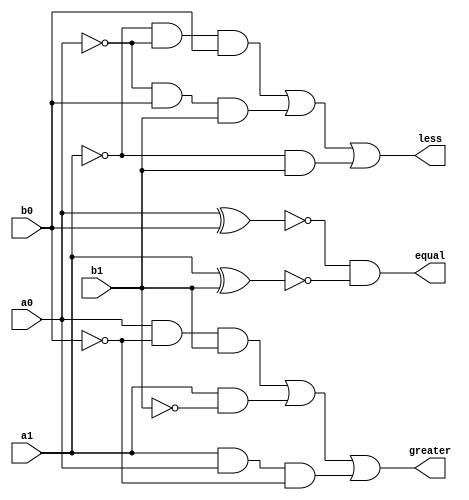

module comparator(greater, equal, less, a1, a0, b1, b0);
	
	input a1, a0, b1, b0;
	output greater, equal, less;
	

	assign greater = (a0&~b0&b1) | (a1&~b1) | (a1&a0&~b0);
	assign equal = ~(a0^b0)&~(a1^b1);
	assign less = (~a1&~a0&b0) | (~a0&b0&b1) | (~a1&b1);

endmodule